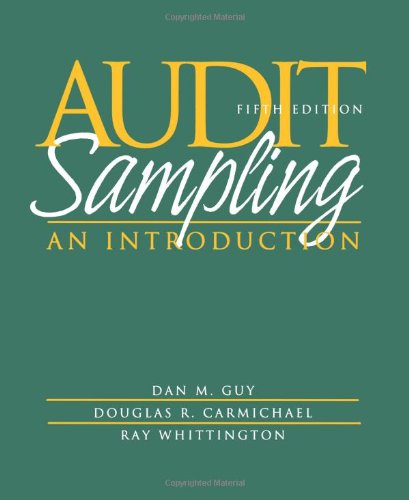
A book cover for Audit Sampling: An Introduction to Statistical Sampling in Auditing; Dan M. Guy; Business & Money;